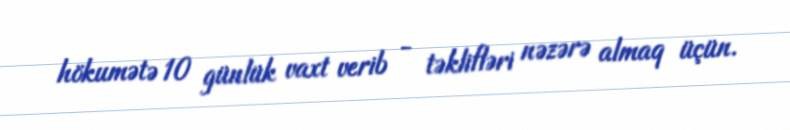
hökumətə 10 günlük vaxt verib - təklifləri nəzərə almaq üçün.